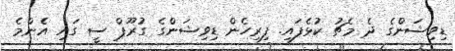
ޑިވިޝަންގެ ދެ މެޗު ކުޅެފައި. ފިރިހެން ޑިވިޝަންގެ ގުރޫޕް ސީ ގައި އެންމެ